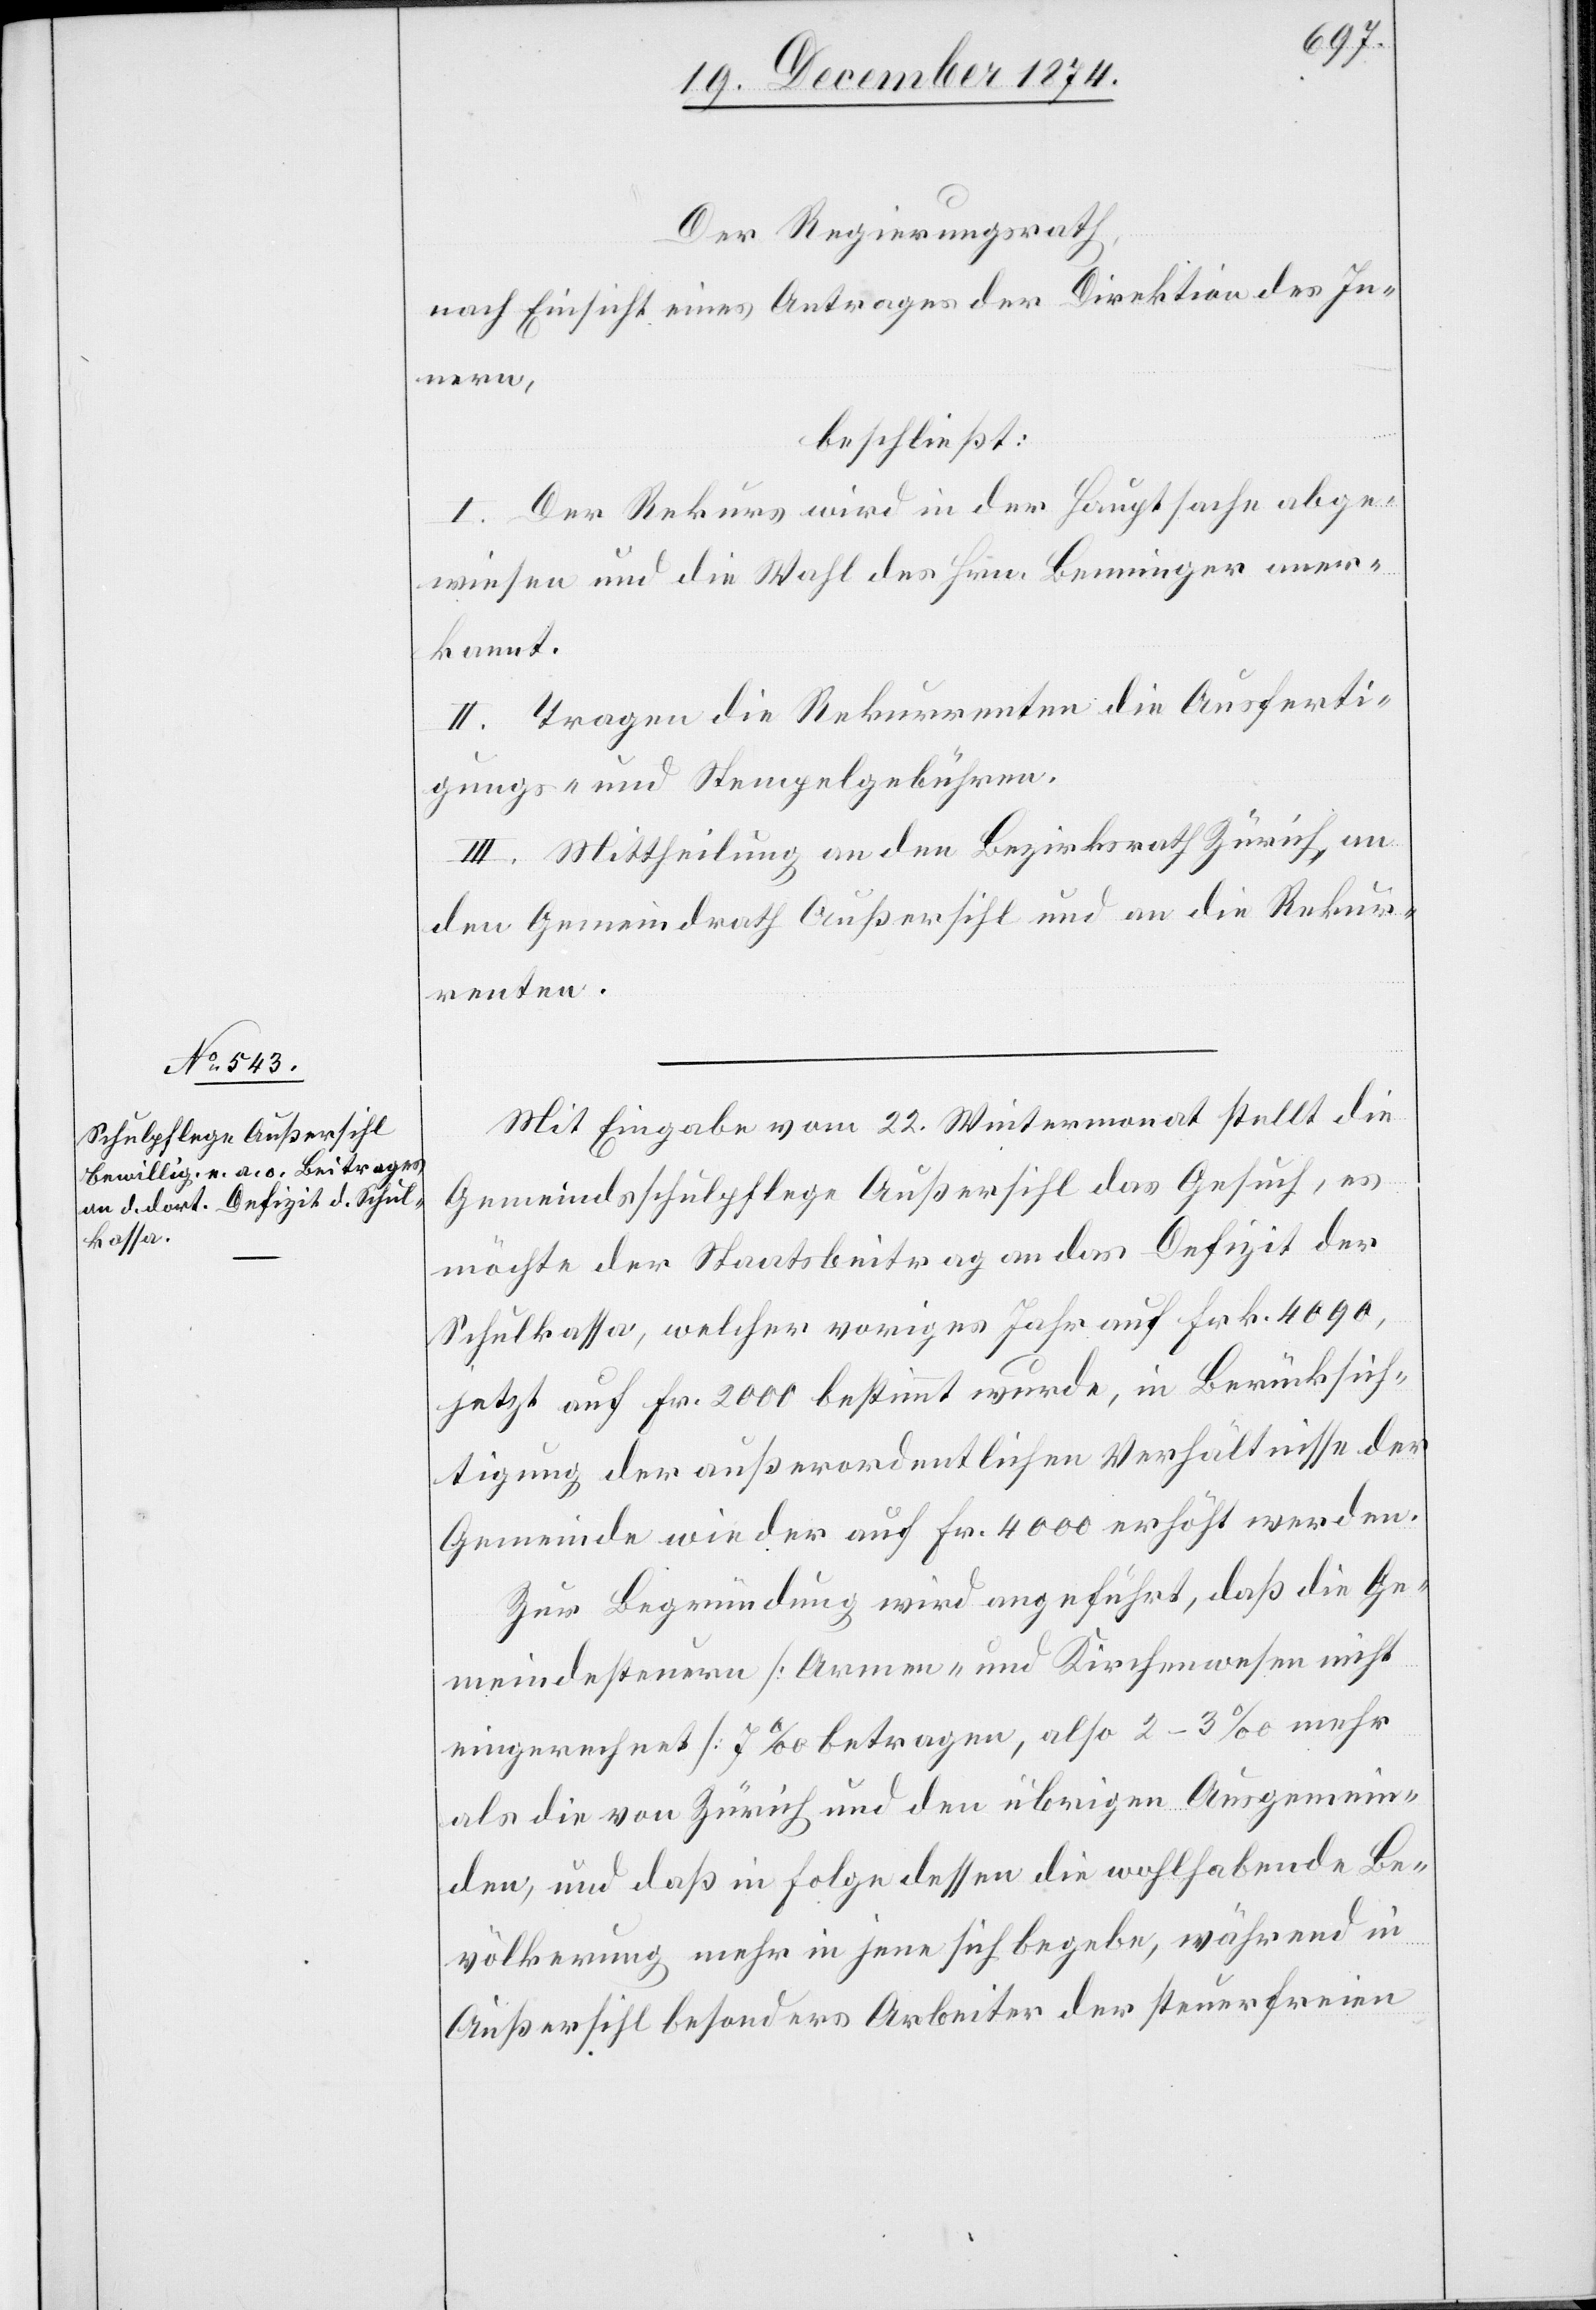
Der Regierungsrath,
nach Einsicht eines Antrages der Direktion des In¬
nern,
beschließt:
I. Der Rekurs wird in der Hauptsache abge¬
wiesen und die Wahl des Hrn. Benninger aner¬
kannt.
II. Tragen die Rekurrenten die Ausferti¬
gungs- und Stempelgebühren.
III. Mittheilung an den Bezirksrath Zürich, an
den Gemeindrath Außersihl und an die Rekur¬
renten.
Mit Eingabe vom 22. Wintermonat stellt die
Gemeindsschulpflege Außersihl das Gesuch, es
möchte der Staatsbeitrag an das Defizit der
Schulkassa, welcher voriges Jahr auf Frk. 4090,
jetzt auf Fr. 2000 bestimmt wurde, in Berücksich¬
tigung der außerordentlichen Verhältnisse der
Gemeinde wieder auf Fr. 4000 erhöht werden.
Zur Begründung wird angeführt, daß die Ge¬
meindesteuern [Armen- und Kirchenwesen nicht
eingerechnet] 7‰ betragen, also 2–3‰ mehr
als die von Zürich und den übrigen Ausgemein¬
den, und daß in Folge dessen die wohlhabende Be¬
völkerung mehr in jene sich begebe, während in
Außersihl besonders Arbeiter der steuerfreien